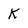
Character: K